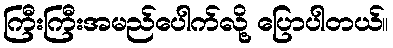
ကြီးကြီးအမည်ပေါက်လို့ ပြောပါတယ်။